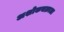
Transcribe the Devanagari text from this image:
अशोकचक्राला